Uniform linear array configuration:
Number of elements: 64
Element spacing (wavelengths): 0.5
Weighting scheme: exponential
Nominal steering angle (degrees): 15
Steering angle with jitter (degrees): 14.461
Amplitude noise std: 0.05
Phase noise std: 0.05

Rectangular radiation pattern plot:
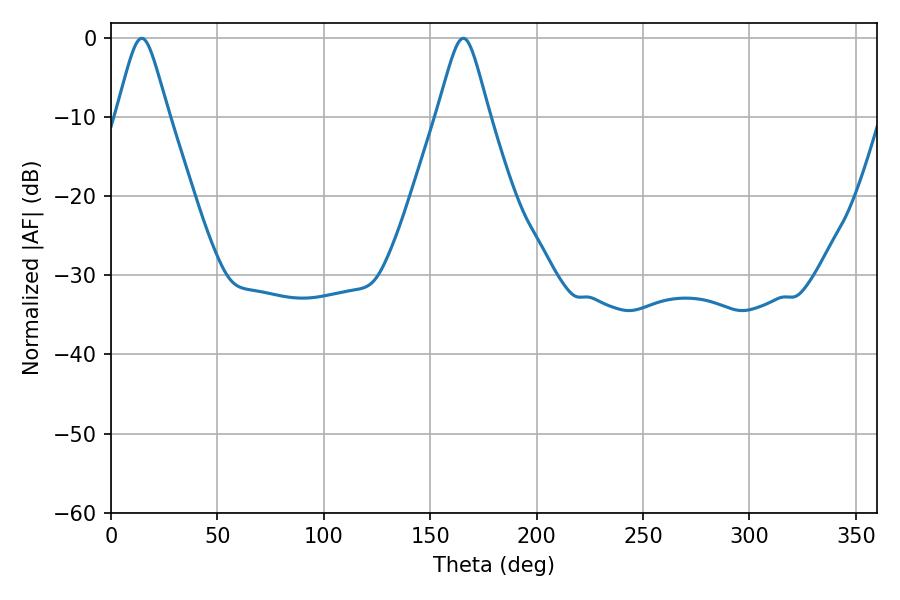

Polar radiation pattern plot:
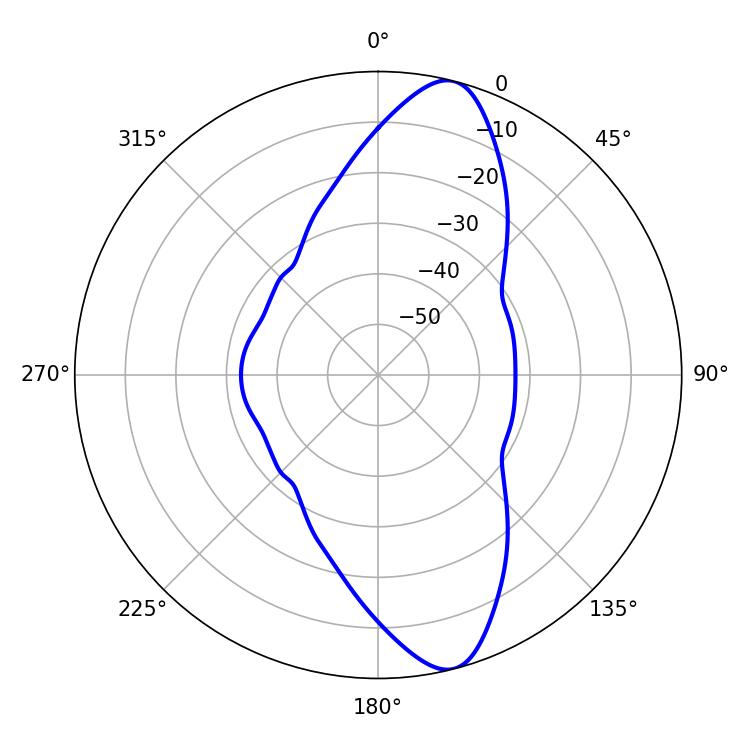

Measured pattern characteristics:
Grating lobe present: FALSE
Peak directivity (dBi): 12.069
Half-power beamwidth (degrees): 11.7
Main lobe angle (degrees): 14.4